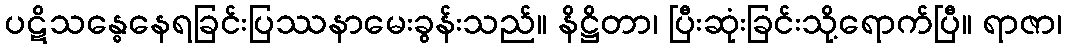
ပဋိသန္ဓေနေရခြင်းပြဿနာမေးခွန်းသည်။ နိဋ္ဌိတာ၊ ပြီးဆုံးခြင်းသို့ရောက်ပြီ။ ရာဇာ၊